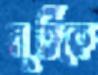
মূর্তিকে